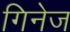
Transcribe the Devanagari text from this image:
गिनेज